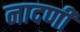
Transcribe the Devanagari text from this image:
नादणी